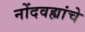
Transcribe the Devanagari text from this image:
नोंदवह्यांचे